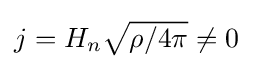
{\textstyle j=H_{n}{\sqrt {\rho /4\pi }}\neq 0}